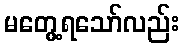
မတွေ့ရသော်လည်း